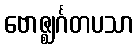
ဗောဇ္ဈင်္ဂတပသာ